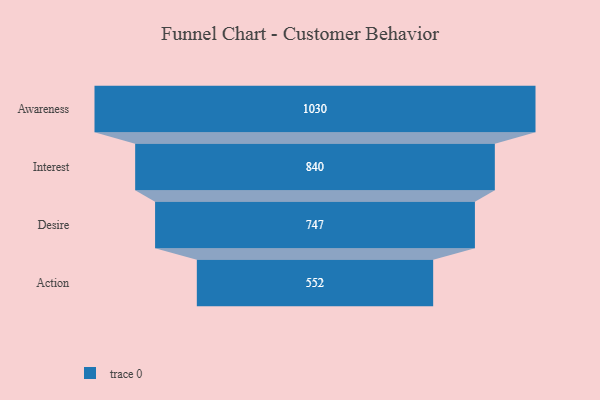
{"axis": {"x": "Stage", "y": "Value"}, "legend": [""], "data": [{"x": "Awareness", "y": 1030.0, "type": ""}, {"x": "Interest", "y": 840.0, "type": ""}, {"x": "Desire", "y": 747.0, "type": ""}, {"x": "Action", "y": 552.0, "type": ""}]}